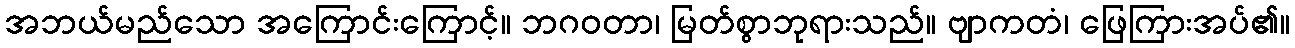
အဘယ်မည်သော အကြောင်းကြောင့်။ ဘဂဝတာ၊ မြတ်စွာဘုရားသည်။ ဗျာကတံ၊ ဖြေကြားအပ်၏။